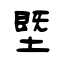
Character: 塈